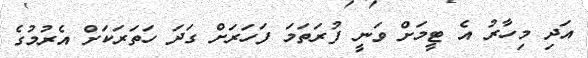
އަދި މިހާރު އެ ޓީމަށް ވަނީ ފުރަތަމަ ފަހަރަށް ގަދަ ހަތަރަކަށް އެރުމުގެ